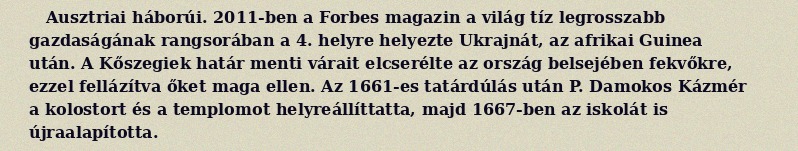
Ausztriai háborúi. 2011-ben a Forbes magazin a világ tíz legrosszabb gazdaságának rangsorában a 4. helyre helyezte Ukrajnát, az afrikai Guinea után. A Kőszegiek határ menti várait elcserélte az ország belsejében fekvőkre, ezzel fellázítva őket maga ellen. Az 1661-es tatárdúlás után P. Damokos Kázmér a kolostort és a templomot helyreállíttatta, majd 1667-ben az iskolát is újraalapította.